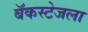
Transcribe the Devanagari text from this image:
बॅकस्टेजला